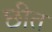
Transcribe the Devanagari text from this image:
छीत